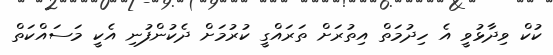
ކުކް ވިދާޅުވީ އެ ހިދުމަތް އިތުރަށް ތަރައްގީ ކުރުމަށް ދެކުންފުނި އެކީ މަސައްކަތް